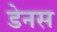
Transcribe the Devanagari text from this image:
डेनस